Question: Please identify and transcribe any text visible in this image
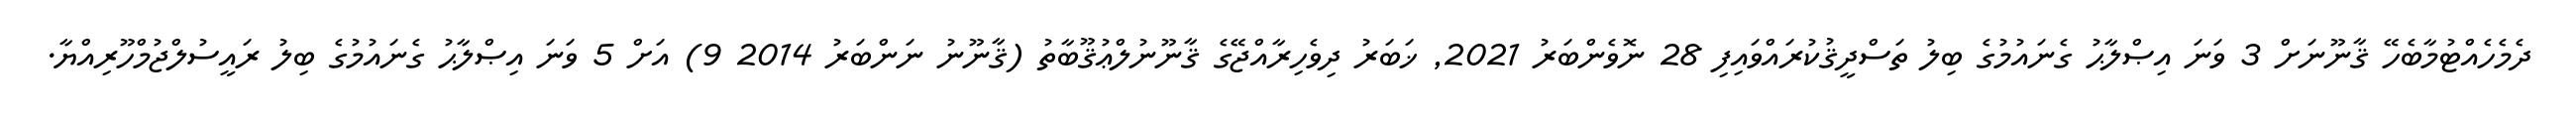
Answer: ދެމެހެއްޓުމާބެހޭ ޤާނޫނަށް 3 ވަނަ އިޞްލާޙު ގެނައުމުގެ ބިލު ތަސްދީޤުކުރައްވައިފި 28 ނޮވެންބަރު 2021, ޚަބަރު ދިވެހިރާއްޖޭގެ ޤާނޫނުލްޢުޤޫބާތު (ޤާނޫނު ނަންބަރު 2014 9) އަށް 5 ވަނަ އިޞްލާޙު ގެނައުމުގެ ބިލު ރައީސުލްޖުމްހޫރިއްޔާ.